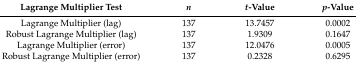
<table><thead><tr><td><b>Lagrange Multiplier Test</b></td><td><b><i>n</i></b></td><td><b><i>t</i>-Value</b></td><td><b><i>p</i>-Value</b></td></tr></thead><tbody><tr><td>Lagrange Multiplier (lag)</td><td>137</td><td>13.7457</td><td>0.0002</td></tr><tr><td>Robust Lagrange Multiplier (lag)</td><td>137</td><td>1.9309</td><td>0.1647</td></tr><tr><td>Lagrange Multiplier (error)</td><td>137</td><td>12.0476</td><td>0.0005</td></tr><tr><td>Robust Lagrange Multiplier (error) </td><td>137</td><td>0.2328</td><td>0.6295</td></tr></tbody></table>